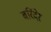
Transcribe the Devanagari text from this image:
बरिंदेर